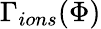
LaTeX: \Gamma_{ions}(\Phi)